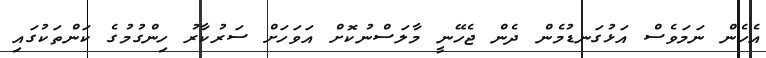
އެހެން ނަމަވެސް އަޅުގަނޑުމެން ދެން ޖެހޭނީ މާލަސްނުކޮށް އަވަހަށް ސަރުކާރު ހިންގުމުގެ ކަންތަކުގައި